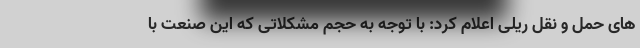
های حمل و نقل ریلی اعلام کرد: با توجه به حجم مشکلاتی که این صنعت با